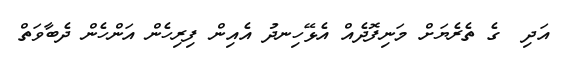
އަދި  ގެ ތެރެޔަށް މަނިފޮދެއް އެޅޭހިނދު އެއިން ފިރިހެން އަންހެން ދެބާވަތް